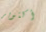
أكتوبر